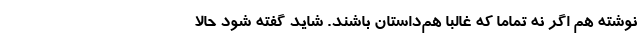
نوشته هم اگر نه تماماً که غالبا هم‌داستان باشند. شاید گفته شود حالا